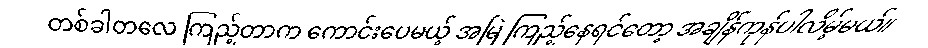
တစ်ခါတလေ ကြည့်တာက ကောင်းပေမယ့် အမြဲ ကြည့်နေရင်တော့ အချိန်ကုန်ပါလိမ့်မယ်။